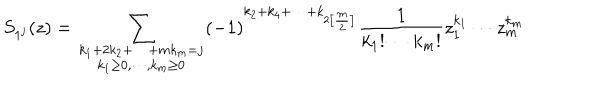
S _ { 1 ^ { j } } ( z ) = \sum _ { { \scriptstyle k _ { 1 } + 2 k _ { 2 } + \cdots + m k _ { m } = j } \atop { \scriptstyle k _ { 1 } \geq 0 , \cdots , k _ { m } \geq 0 } } ( - 1 ) ^ { k _ { 2 } + k _ { 4 } + \cdots + k _ { 2 \left[ \frac m 2 \right] } } \frac 1 { k _ { 1 } ! \cdots k _ { m } ! } z _ { 1 } ^ { k _ { 1 } } \cdots z _ { m } ^ { k _ { m } }